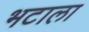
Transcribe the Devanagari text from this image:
भटाला